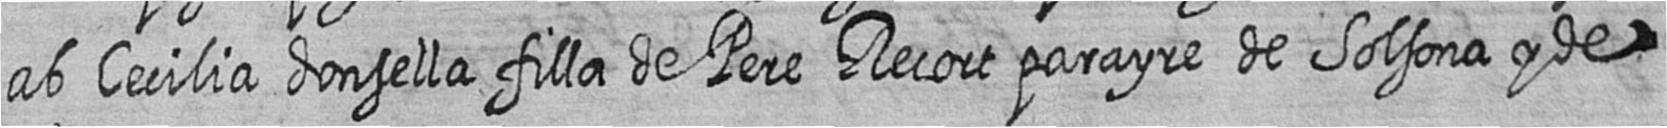
ab Cecilia donsella filla de Pere Recort parayre de Solsona y de